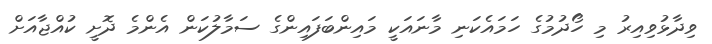
ވިދާޅުވިއިރު މި ހޯދުމުގެ ހަމައެކަނި މާނައަކީ މައިންބަފައިންގެ ސަމާލުކަން އެންމެ ދޮށީ ކުއްޖާއަށް